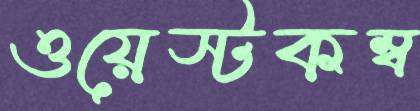
ওয়েস্টকম্ব